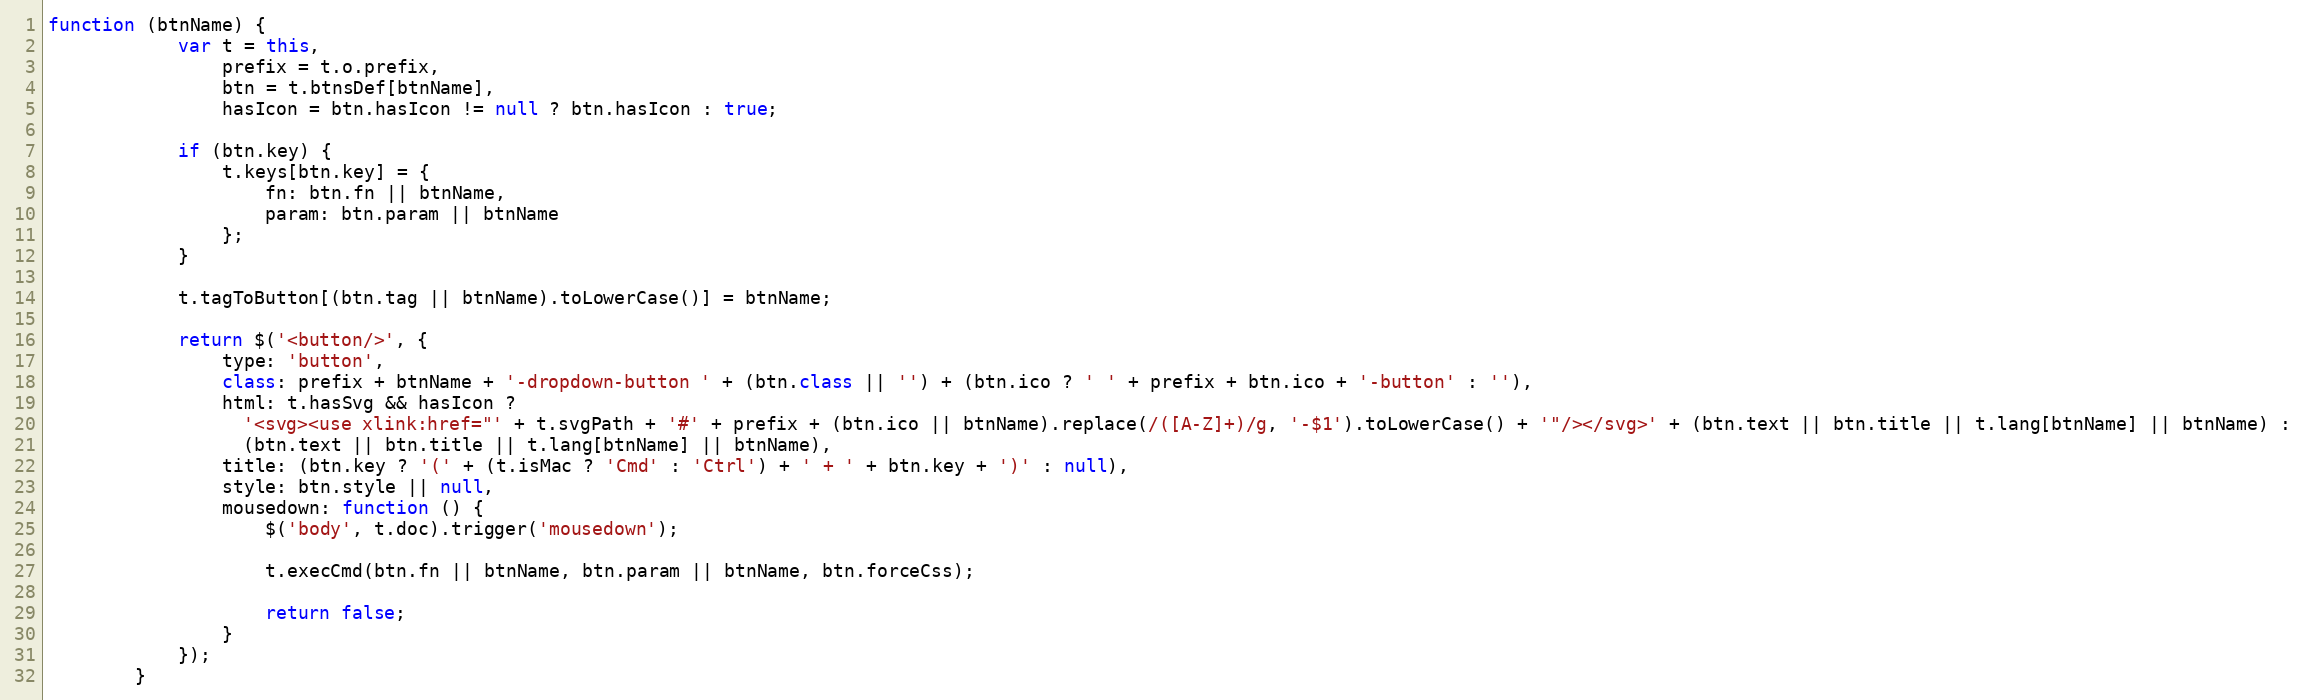
Language: JavaScript
function (btnName) {
            var t = this,
                prefix = t.o.prefix,
                btn = t.btnsDef[btnName],
                hasIcon = btn.hasIcon != null ? btn.hasIcon : true;

            if (btn.key) {
                t.keys[btn.key] = {
                    fn: btn.fn || btnName,
                    param: btn.param || btnName
                };
            }

            t.tagToButton[(btn.tag || btnName).toLowerCase()] = btnName;

            return $('<button/>', {
                type: 'button',
                class: prefix + btnName + '-dropdown-button ' + (btn.class || '') + (btn.ico ? ' ' + prefix + btn.ico + '-button' : ''),
                html: t.hasSvg && hasIcon ?
                  '<svg><use xlink:href="' + t.svgPath + '#' + prefix + (btn.ico || btnName).replace(/([A-Z]+)/g, '-$1').toLowerCase() + '"/></svg>' + (btn.text || btn.title || t.lang[btnName] || btnName) :
                  (btn.text || btn.title || t.lang[btnName] || btnName),
                title: (btn.key ? '(' + (t.isMac ? 'Cmd' : 'Ctrl') + ' + ' + btn.key + ')' : null),
                style: btn.style || null,
                mousedown: function () {
                    $('body', t.doc).trigger('mousedown');

                    t.execCmd(btn.fn || btnName, btn.param || btnName, btn.forceCss);

                    return false;
                }
            });
        }